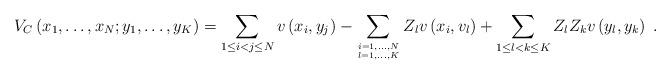
LaTeX: \begin{align*}V_C\left( x_1,\ldots,x_N;y_1,\ldots,y_K\right) = \sum_{1\leq i<j\leq N}v\left( x_i,y_j\right) - \sum_{i=1,\ldots,N \atop l=1,\ldots,K}Z_l v\left( x_i,v_l\right) + \sum_{1\leq l < k \leq K} Z_l Z_k v\left( y_l, y_k\right) \ .\end{align*}